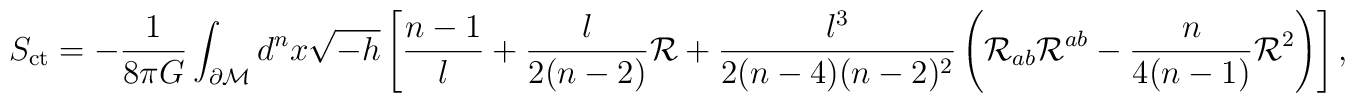
S_{\rm ct}=-\frac{1}{8\pi G}\int_{\cal \partial M}d^nx \sqrt{-h} \left[ \frac{n-1}{l} +\frac{l}{2(n-2)}{\cal R}+ \frac{l^3}{2(n-4)(n-2)^2}\left( {\cal R}_{ab}{\cal R}^{ab} - \frac{n}{4(n-1)}{\cal R}^2\right) \right],